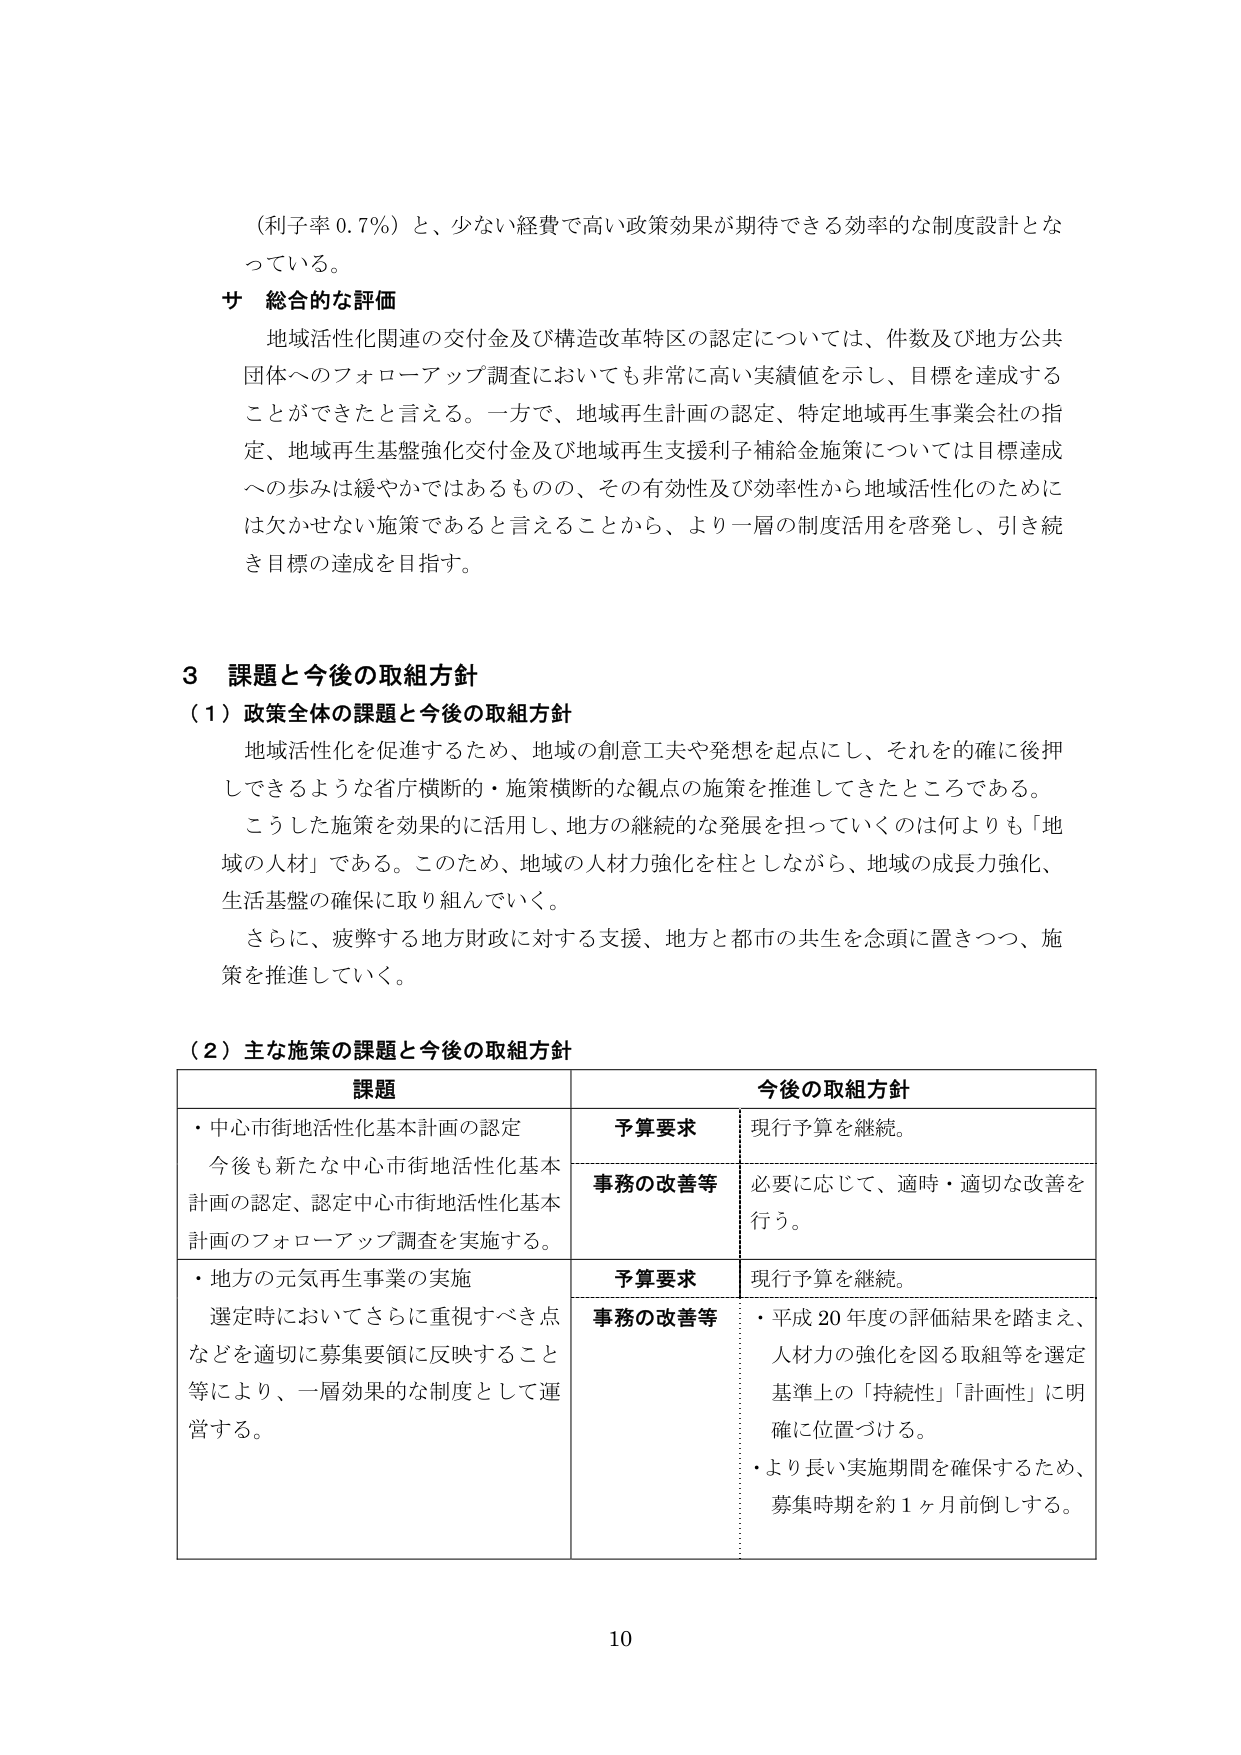
（利子率 0.7％）と、少ない経費で高い政策効果が期待できる効率的な制度設計となっている。

サ 総合的な評価
地域活性化関連の交付金及び構造改革特区の認定については、件数及び地方公共団体へのフォローアップ調査においても非常に高い実績値を示し、目標を達成することができたと言える。一方で、地域再生計画の認定、特定地域再生事業会社の指定、地域再生基盤強化交付金及び地域再生支援利子補給金施策については目標達成への歩みは緩やかではあるものの、その有効性及び効率性から地域活性化のためには欠かせない施策であると言えることから、より一層の制度活用を啓発し、引き続き目標の達成を目指す。

3 課題と今後の取組方針
（1）政策全体の課題と今後の取組方針
地域活性化を促進するため、地域の創意工夫や発想を起点にし、それを的確に後押しできるような省庁横断的・施策横断的な観点の施策を推進してきたところである。
こうした施策を効果的に活用し、地方の継続的な発展を担っていくのは何よりも「地域の人材」である。このため、地域の人材力強化を柱としながら、地域の成長力強化、生活基盤の確保に取り組んでいく。
さらに、疲弊する地方財政に対する支援、地方と都市の共生を念頭に置きつつ、施策を推進していく。

（2）主な施策の課題と今後の取組方針
課題 今後の取組方針
・中心市街地活性化基本計画の認定 予算要求 現行予算を継続。
今後も新たな中心市街地活性化基本計画の認定、認定中心市街地活性化基本計画のフォローアップ調査を実施する。 事務の改善等 必要に応じて、適時・適切な改善を行う。
・地方の元気再生事業の実施 予算要求 現行予算を継続。
選定時においてさらに重視すべき点などを適切に募集要領に反映すること等により、一層効果的な制度として運営する。 事務の改善等 ・平成20年度の評価結果を踏まえ、人材力の強化を図る取組等を選定基準上の「持続性」「計画性」に明確に位置づける。
・より長い実施期間を確保するため、募集時期を約1ヶ月前倒しする。

10